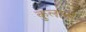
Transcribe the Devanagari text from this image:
कुलानां